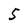
Character: 5